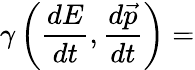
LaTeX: \gamma\left({\frac{dE}{dt}},{\frac{d{\vec{p}}}{dt}}\right)=